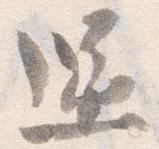
還